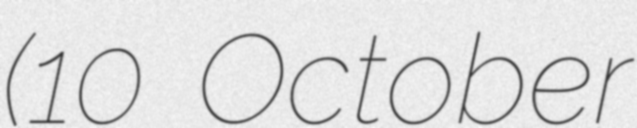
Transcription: (10 October